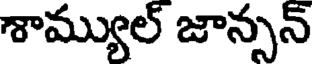
శామ్యుల్ జాన్సన్